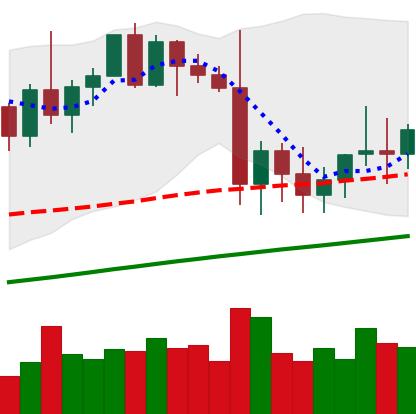
Ticker: XMR-USD
Chart end date: 2021-01-09
Forward return: 10.536%
Label: up_7plus